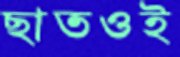
ছাতওই